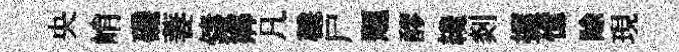
央峭磯萋鑄鄕凡穩尸题醪纔剡握憶賖現